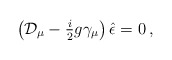
\begin{align*}\left({\cal D}_{\mu} -{\textstyle\frac{i}{2}}g \gamma_{\mu}\right)\hat{\epsilon}=0\, ,\end{align*}